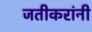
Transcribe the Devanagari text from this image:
जिंतीकरांनी